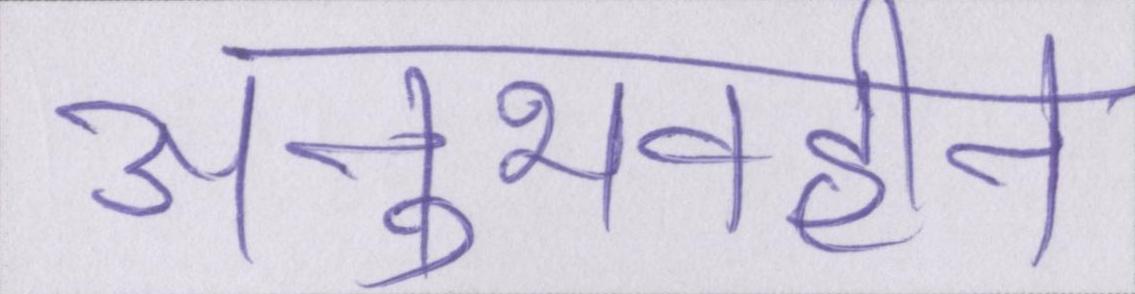
अनुभवहीन